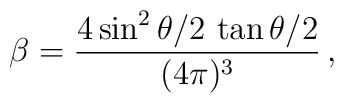
\beta = {4\sin^2\theta/2\,\tan\theta/2\over(4\pi)^3}\,,